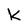
Character: k